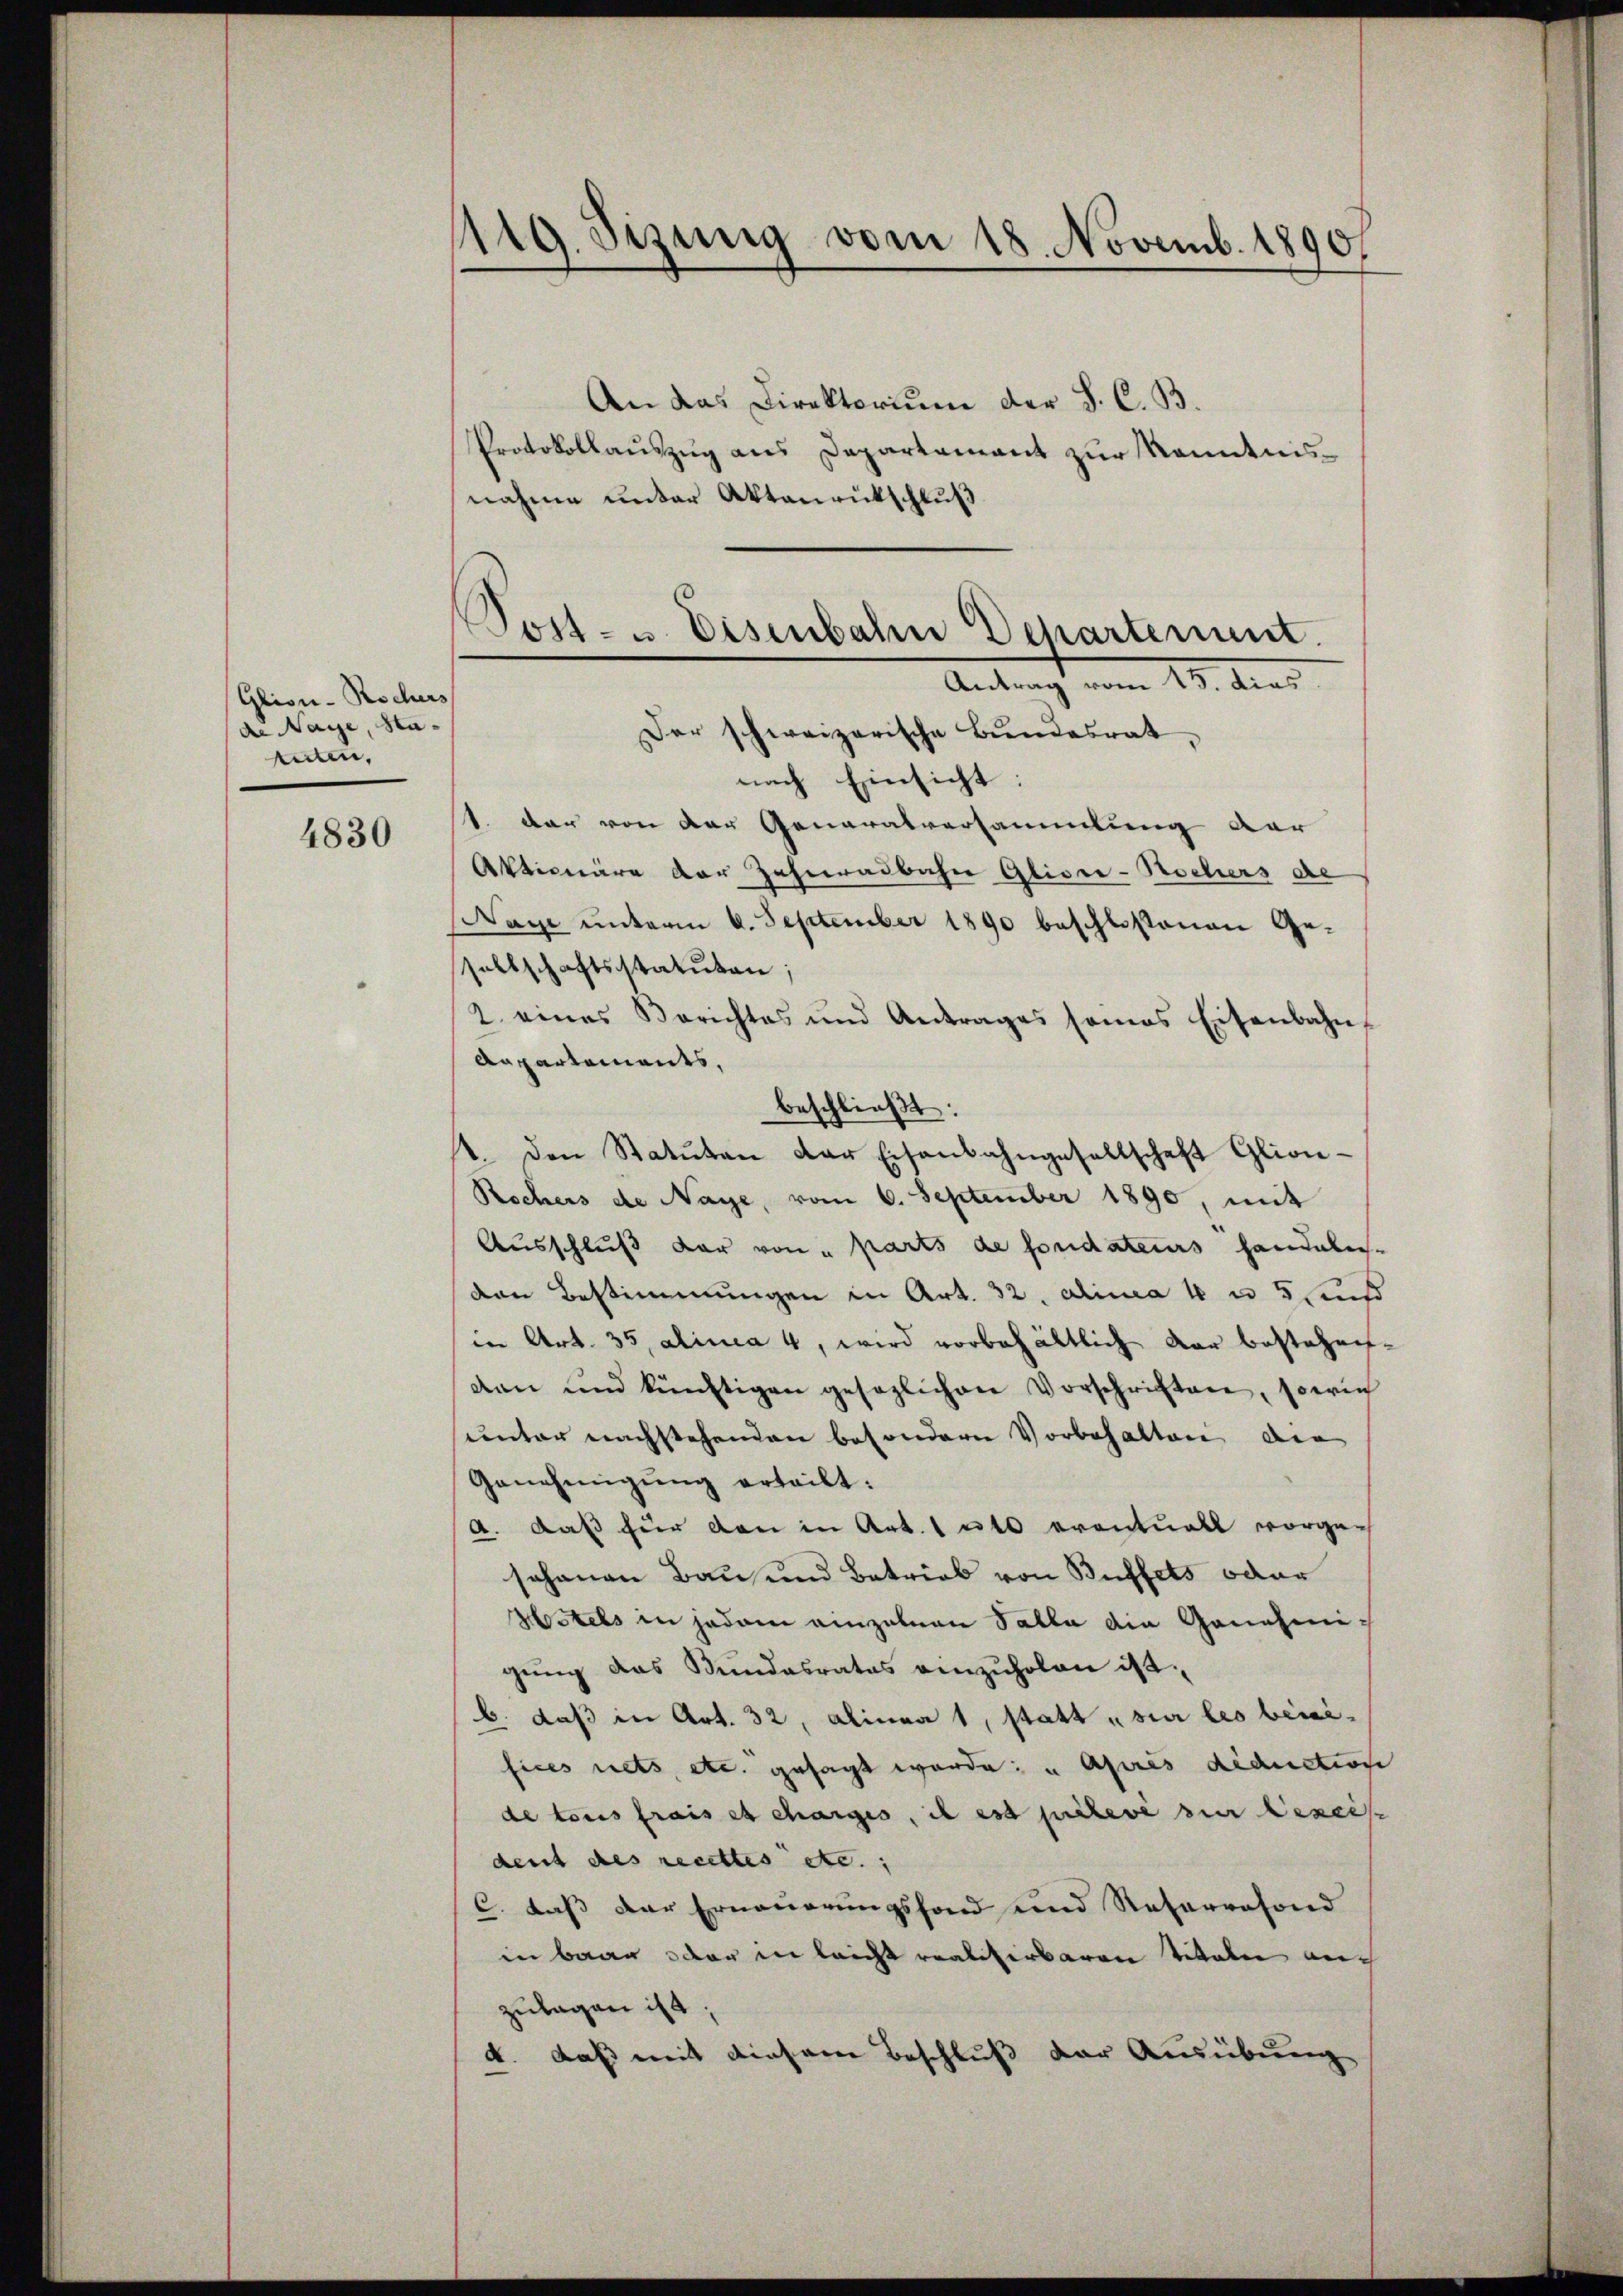
Glion-Rochers
de Nage, Nateten,

4830

119. Sitzung vom 18. Novemb. 1890

Tost- u. Eisenbahn Departement.
Antrag vom 15. dies
Der schweizerische Bundesrat,

An das Direktorium der S. C. B.
Protokollauszug aus Departement zur Kenntnisnahme unter Aktenrütschlŭβ
nach Einsicht:
1. dar von der Generalversammlung der
Aktionäre der Zahnradbahn Glioce-Rochers de
Sage unterm 6. September 1890 beschlossenen Gesellschaftsstatuten;
2. eines Berichtes und Antrages sonas Eisenbahn-
Anpartements,
beschließt:
1. Den Statuten der Eisenbahngesellschaft Glion-
Rechers de Naye, vom 6. September 1890, mit
Ausschluß der von „parts de fondateurs handelich-
den Bestimmungen in Art. 32. dicia 18 n 5 und
in Art. 35, alinea 4, wird vorbehältlich dar bestehen
dan und künftigen gesezlichen Vorschriften, sowie
sunter nachstehenden besondern Vorbehalten, die
Genehmigŭng erteilt:
a. Daß für den in Art. 1 u. eventuell vorgen
sohanen Bau und Betrieb von Buffets oder
Wstels in jedem einzelnen Salle die Genehmigung das Bundesrates einzuholen ist.
b. daß in Art. 32, Alinea 1, statt „sia les beifices rets, etc. gesagt werde; u Après déduction
de tous frais et charges, il est prélevé zur Besch
dent des recettes etc.;
C. daß der Erneuerungsfond und Reharresond
in baar oder in leicht realisirbaren Titeln auc
zulagen ist;
4. daß mit diesem Beschluß der Ausübung

e
.